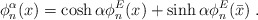
\begin{align*}\phi_n^\alpha (x) = \cosh \alpha \phi^E_n (x) + \sinh \alpha\phi^E_n(\bar{x}) \; .\end{align*}